Medical and sanitary report of the native army of Bengal for the year
Year: 1878
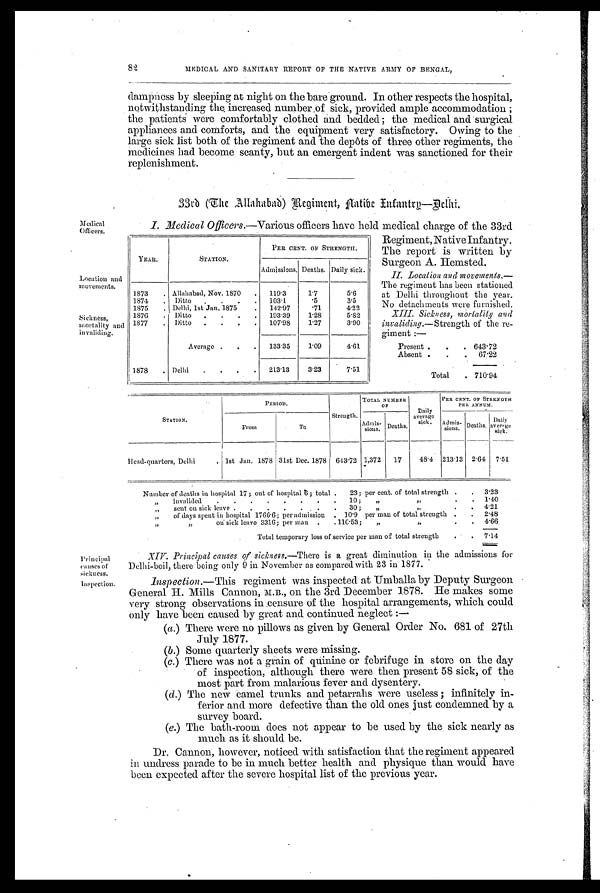
82
MEDICAL AND SANITARY REPORT OF THE NATIVE ARMY OF BENGAL,
dampness by sleeping at night on the bare ground. In other respects the hospital,
notwithstanding the, increased number .of sick, provided ample accommodation ;
the patients were comfortably clothed and bedded ; the medical and surgical
appliances and comforts, and the equipment very satisfactory. Owing to the
large sick list both of the regiment and the depôts of three other regiments, the
medicines had become scanty, but an emergent indent was sanctioned for their
replenishment.
33rd (The Allahabad) Regiment, Aatibe Infantry—Delhi.
Medical
Officers.
Location and
movements.
Sickness,
mortality and
invaliding.
I. Medical Officers.—Various officers have held medical charge of the 33rd
Regiment, Native Infantry.
The report is written by
Surgeon A. Hemsted.
II. Location and movements.—
The regiment has been stationed
at Delhi throughout the year.
No detachments were furnished.
XIII. Sickness, mortality and
invaliding.—Strength of the re-
giment :—
Present . . . 643.72
Absent .
. . 67.22
Total . 710.94
YEAR.
STATION.
PER CENT. OF STRENGTH.
Admissions. Deaths. Daily sick.
1873 . Allahabad, Nov. 1870 . 119.3
1.7
5.6
1874 . Ditto
. . 103.1
. 5
3.5
1875 . Delhi, 1st Jan. 1875
142.97
. 7 1
4.22
1876 . Ditto . . . . 193.39
1.28
5.82
1877 . Ditto . . . . 107.98
1.27
3.90
Average . . . 133.35
1.09
4.61
1878 . Delhi . . , . 213.13
3.23
7.51
Principal
causes of
sickness.
Inspection.
PERIOD.
TOTAL NUMBER
OF
Daily
average
sick.
PER CENT. OF STRENGTH
PER ANNUM.
STATION .
From
To
Strength. Admis
sions. Deaths.
Admis-
sions. Deaths. Dail
y average
sick.
Head- quarters, Delhi . 1st Jan. 1878 31st Dec. 1878 643.72 1,372 17
48.4 213.13 2.64 7.51
Number of deaths in hospital 17 ; out of hospital 6; total . 23; per cent. of total strength . . 3.23
„ invalided . . . .
. . . . 10 ; „
,,
.
. 1.40
sent on sick leave . . . . . . . 30 ; ,,
. . 4.21
„ of days spent in hospital 1766.6; per admission . 10.9 per man of total strength . . 2.48
,,
on sick leave 3316; per man . . 110.53; ,,
„
. . 4.66
Total temporary loss of service per man of total strength
. 7.14
XIV. Principal causes of sickness. —There is a great diminution in the admissions for
Delhi-boil, there being only 9 in November as compared with 23 in 1877.
Inspection.—This regiment was inspected at Umballa by Deputy Surgeon
General H. Mills Cannon, M.B., on the 3rd December 1878. He makes some
very strong observations in ,censure of the hospital arrangements, which could
only have been caused by great and continued neglect :—
(a.) There were no pillows as given by General Order No. 681 of 27th
July 1877.
(b.) Some quarterly sheets were missing.
(c.) There was not a grain of quinine or febrifuge in store on the day
of inspection, although there were then present 58 sick, of the
most part from malarious fever and dysentery.
(d.) The new camel trunks and petarrahs were useless ; infinitely in-
ferior and more defective than the old ones just condemned by a
survey board.
(e.) The bath-room does not appear to be used by the sick nearly as
much as it should be.
Dr. Cannon, however, noticed with satisfaction that the regiment appeared
in undress parade to be in much better health and physique than would have
been expected after the severe hospital list of the previous year.